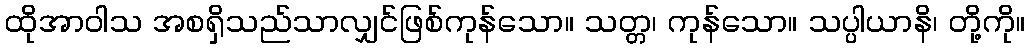
ထိုအာဝါသ အစရှိသည်သာလျှင်ဖြစ်ကုန်သော။ သတ္တ၊ ကုန်သော။ သပ္ပါယာနိ၊ တို့ကို။